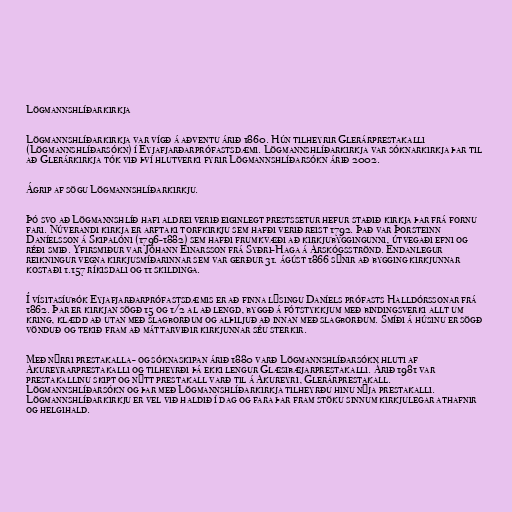
Lögmannshlíðarkirkja

Lögmannshlíðarkirkja var vígð á aðventu árið 1860. Hún tilheyrir Glerárprestakalli
(Lögmannshlíðarsókn) í Eyjafjarðarprófastsdæmi. Lögmannshlíðarkirkja var sóknarkirkja þar til
að Glerárkirkja tók við því hlutverki fyrir Lögmannshlíðarsókn árið 2002.

Ágrip af sögu Lögmannshlíðarkirkju.

Þó svo að Lögmannshlíð hafi aldrei verið eiginlegt prestssetur hefur staðið kirkja þar frá fornu
fari. Núverandi kirkja er arftaki torfkirkju sem hafði verið reist 1792. Það var Þorsteinn
Daníelsson á Skipalóni (1796-1882) sem hafði frumkvæði að kirkjubyggingunni, útvegaði efni og
réði smið. Yfirsmiður var Jóhann Einarsson frá Syðri-Haga á Árskógsströnd. Endanlegur
reikningur vegna kirkjusmíðarinnar sem var gerður 31. ágúst 1866 sýnir að bygging kirkjunnar
kostaði 1.157 ríkisdali og 11 skildinga.

Í vísitasíubók Eyjafjarðarprófastsdæmis er að finna lýsingu Daníels prófasts Halldórssonar frá
1862. Þar er kirkjan sögð 15 og 1/2 al að lengd, byggð á fótstykkjum með bindingsverki allt um
kring, klædd að utan með slagborðum og alþiljuð að innan með slagborðum. Smíði á húsinu er sögð
vönduð og tekið fram að máttarviðir kirkjunnar séu sterkir.

Með nýrri prestakalla- og sóknaskipan árið 1880 varð Lögmannshlíðarsókn hluti af
Akureyrarprestakalli og tilheyrði þá ekki lengur Glæsibæjarprestakalli. Árið 1981 var
prestakallinu skipt og nýtt prestakall varð til á Akureyri, Glerárprestakall.
Lögmannshlíðarsókn og þar með Lögmannshlíðarkirkja tilheyrðu hinu nýja prestakalli.
Lögmannshlíðarkirkju er vel við haldið í dag og fara þar fram stöku sinnum kirkjulegar athafnir
og helgihald.